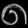
Digit: ၈